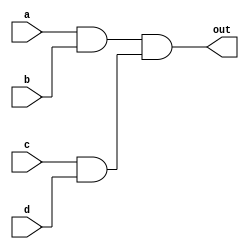
//Full Connection
module M (out, a, b, c, d);
output out;
input a, b, c, d;

wire e, f;

//full connection
specify
(a,b *> out) = 9;
(c,d *> out) = 11;
endspecify

and a1(e, a, b);

and a2(f, c, d);
and a3(out, e, f);
endmodule